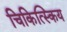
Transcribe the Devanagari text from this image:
चिकित्स्किय